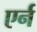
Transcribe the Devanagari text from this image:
एर्न